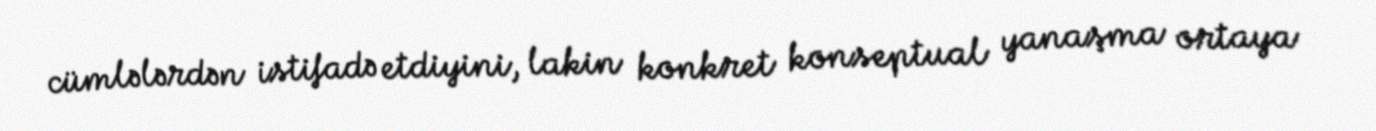
cümlələrdən istifadə etdiyini, lakin konkret konseptual yanaşma ortaya